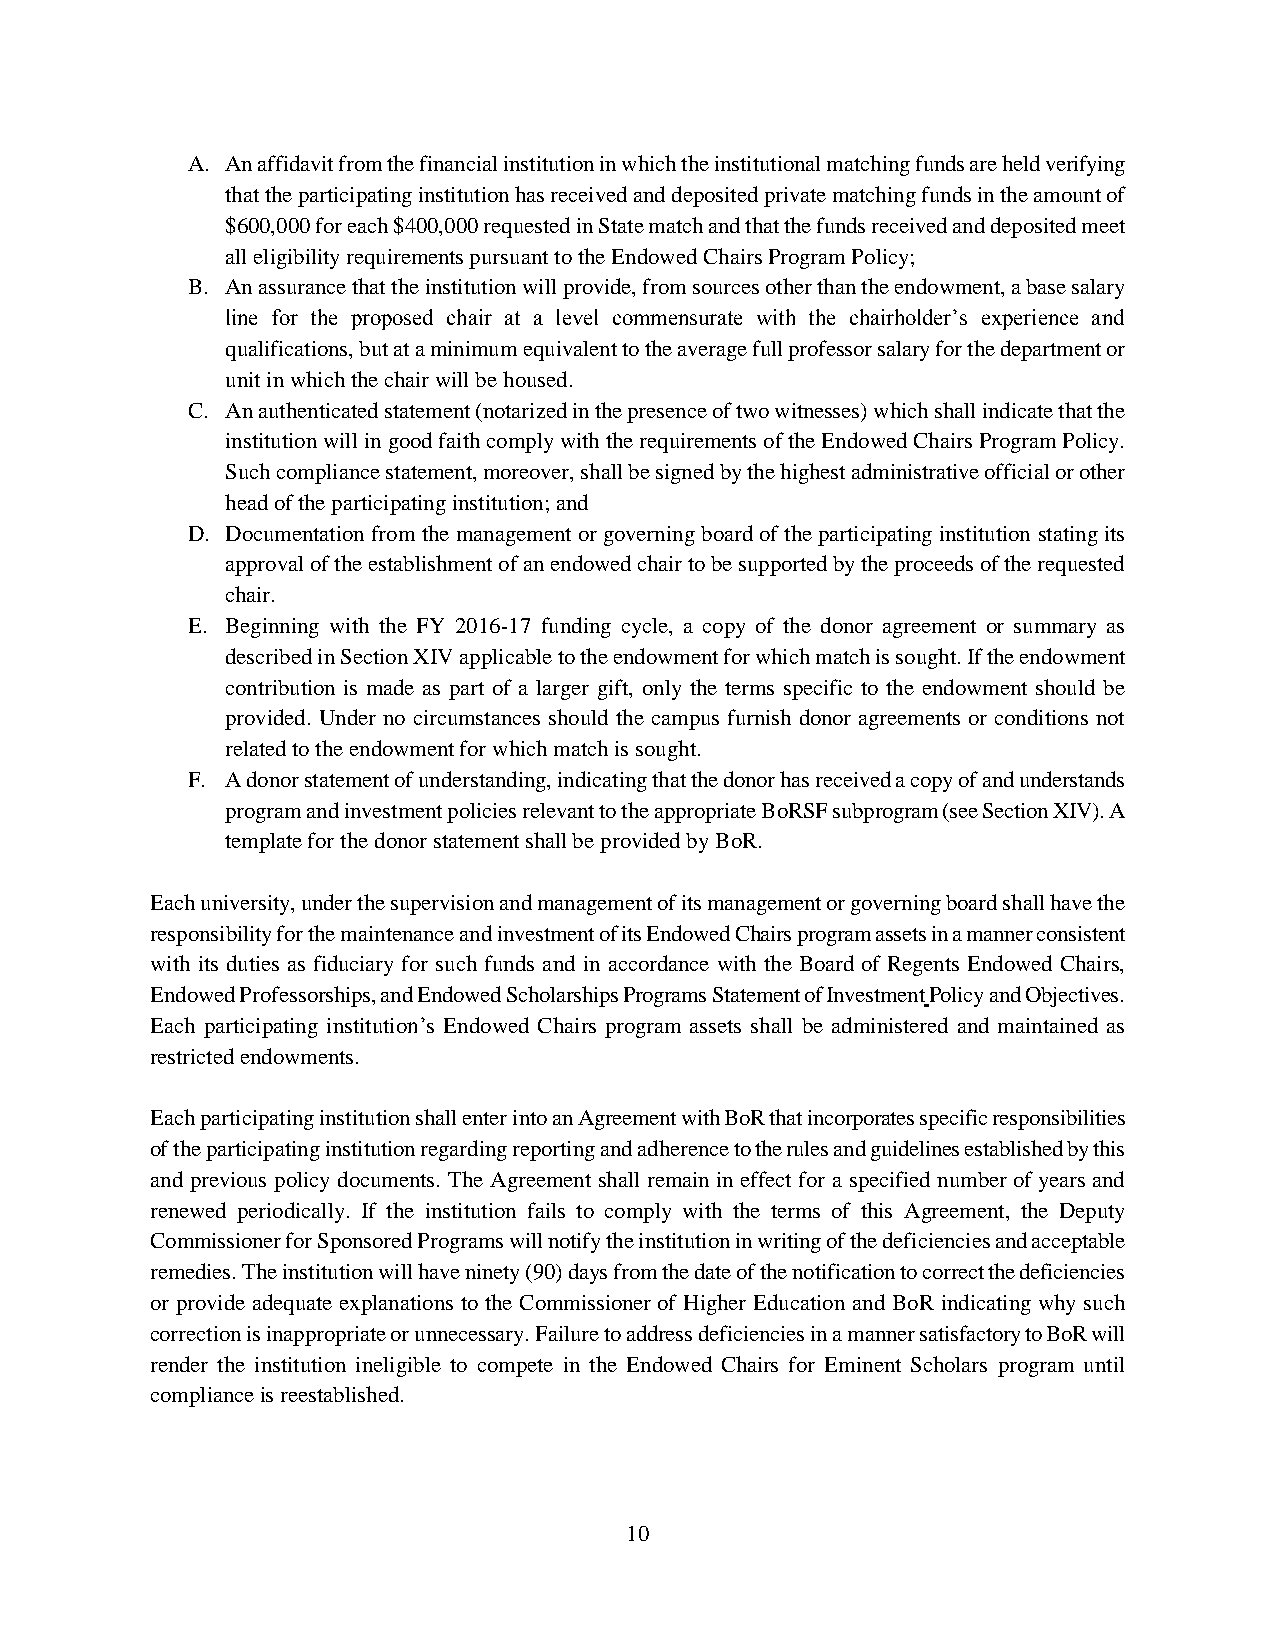
A. An affidavit from the financial institution in which the institutional matching funds are held verifying
 that the participating institution has received and deposited private matching funds in the amount of
 $600,000 for each $400,000 requested in State match and that the funds received and deposited meet
 all eligibility requirements pursuant to the Endowed Chairs Program Policy;
 B. An assurance that the institution will provide, from sources other than the endowment, a base salary
 line for the proposed chair at a level commensurate with the chairholder’s experience and
 qualifications, but at a minimum equivalent to the average full professor salary for the department or
 unit in which the chair will be housed.
 C. An authenticated statement (notarized in the presence of two witnesses) which shall indicate that the
 institution will in good faith comply with the requirements of the Endowed Chairs Program Policy.
 Such compliance statement, moreover, shall be signed by the highest administrative official or other
 head of the participating institution; and
 D. Documentation from the management or governing board of the participating institution stating its
 approval of the establishment of an endowed chair to be supported by the proceeds of the requested
 chair.
 E. Beginning with the FY 2016-17 funding cycle, a copy of the donor agreement or summary as
 described in Section XIV applicable to the endowment for which match is sought. If the endowment
 contribution is made as part of a larger gift, only the terms specific to the endowment should be
 provided. Under no circumstances should the campus furnish donor agreements or conditions not
 related to the endowment for which match is sought.
 F. A donor statement of understanding, indicating that the donor has received a copy of and understands
 program and investment policies relevant to the appropriate BoRSF subprogram (see Section XIV). A
 template for the donor statement shall be provided by BoR.
 Each university, under the supervision and management of its management or governing board shall have the
 responsibility for the maintenance and investment of its Endowed Chairs program assets in a manner consistent
 with its duties as fiduciary for such funds and in accordance with the Board of Regents Endowed Chairs,
 Endowed Professorships, and Endowed Scholarships Programs Statement of Investment Policy and Objectives.
 Each participating institution’s Endowed Chairs program assets shall be administered and maintained as
 restricted endowments.
 Each participating institution shall enter into an Agreement with BoR that incorporates specific responsibilities
 of the participating institution regarding reporting and adherence to the rules and guidelines established by this
 and previous policy documents. The Agreement shall remain in effect for a specified number of years and
 renewed periodically. If the institution fails to comply with the terms of this Agreement, the Deputy
 Commissioner for Sponsored Programs will notify the institution in writing of the deficiencies and acceptable
 remedies. The institution will have ninety (90) days from the date of the notification to correct the deficiencies
 or provide adequate explanations to the Commissioner of Higher Education and BoR indicating why such
 correction is inappropriate or unnecessary. Failure to address deficiencies in a manner satisfactory to BoR will
 render the institution ineligible to compete in the Endowed Chairs for Eminent Scholars program until
 compliance is reestablished.
 10